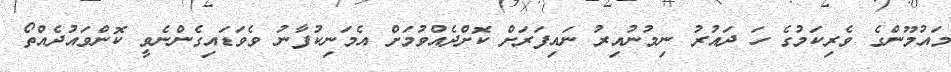
މައުމޫންގެ ވެރިކަމުގެ ހަ ދައުރު ނިމުނުއިރު ނައިފަރަށް ކޮށްދެއްވުމަށް އެމަނިކުފާނު ވެވަޑައިގެންނެވީ ކޮންވައުދެއްތޯ